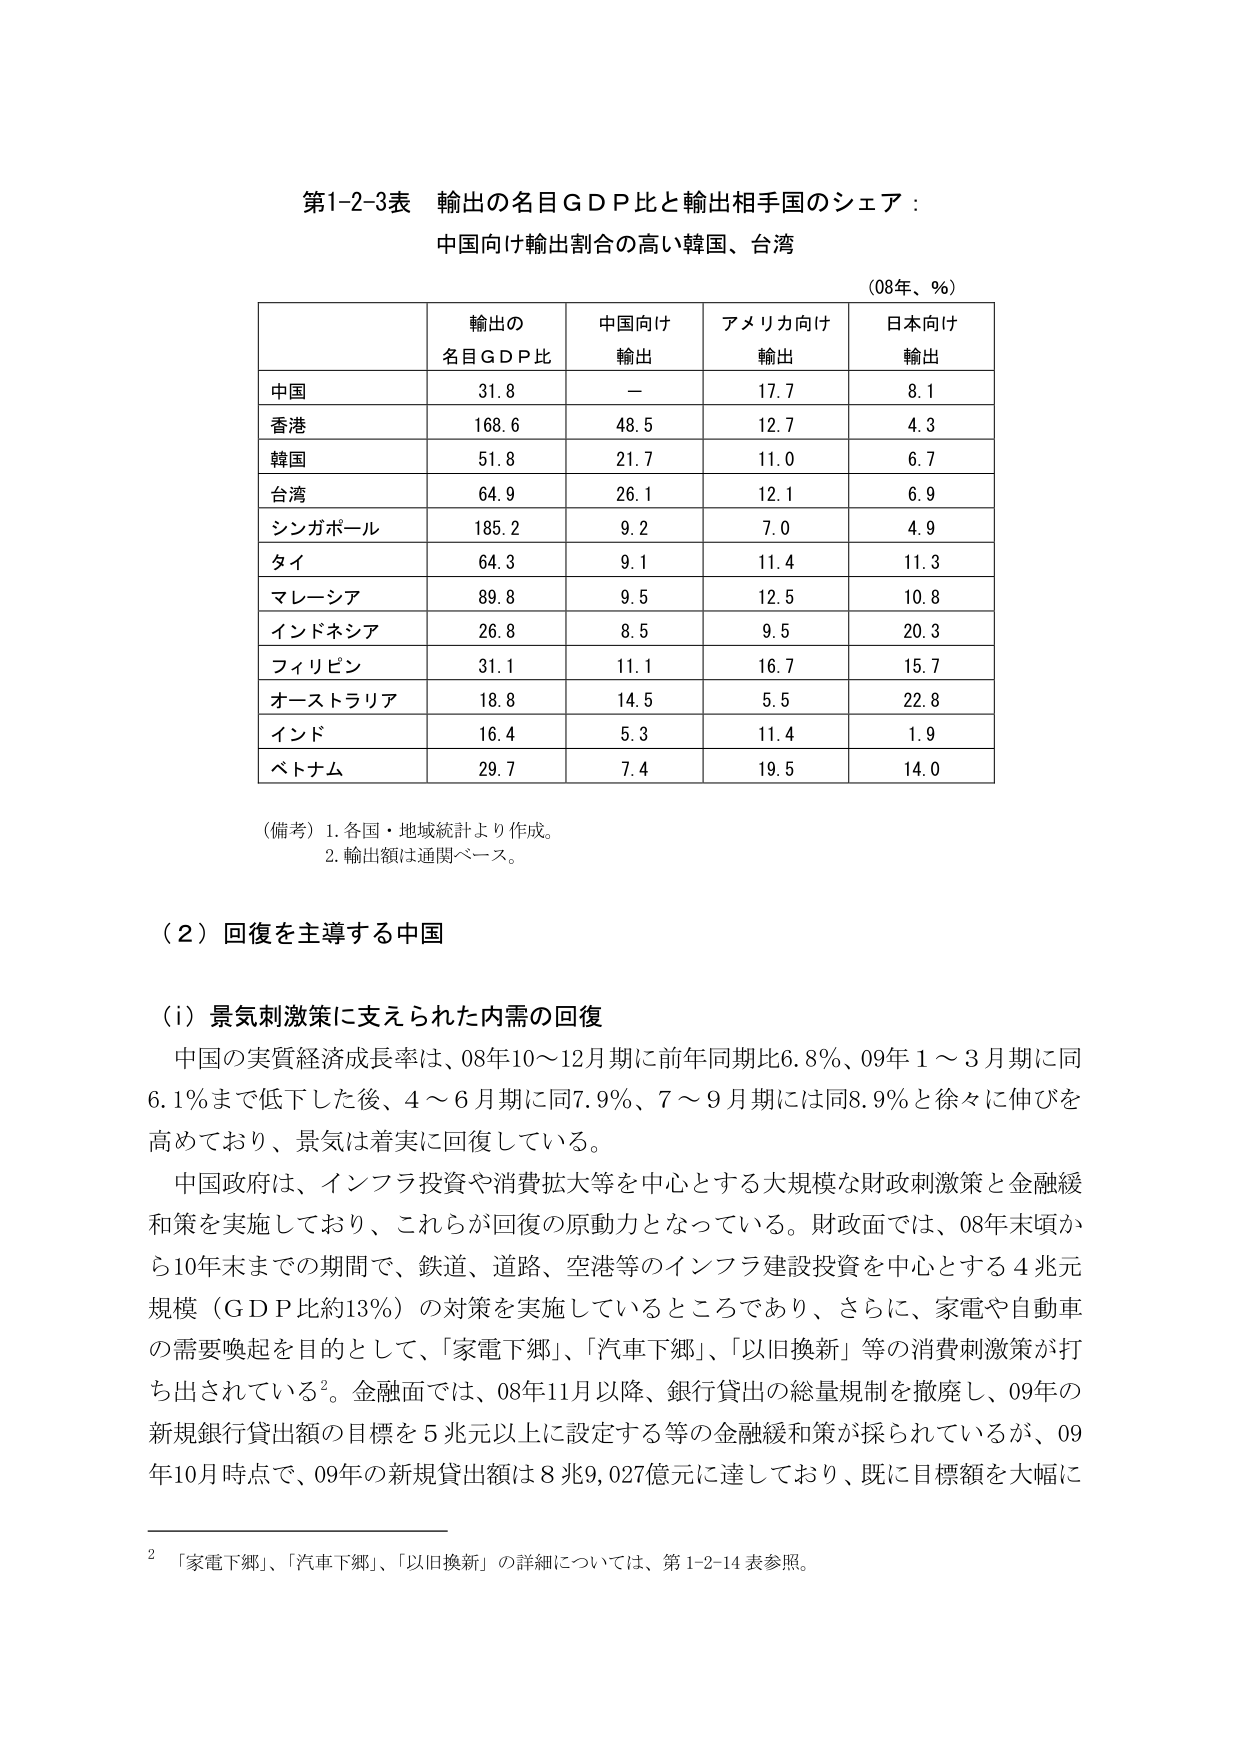
第1-2-3表 輸出の名目ＧＤＰ比と輸出相手国のシェア：
中国向け輸出割合の高い韓国、台湾
（08年、％）

輸出の
名目ＧＤＰ比　　中国向け輸出　　アメリカ向け輸出　　日本向け輸出

中国　　　　　　31.8　　　　　　－　　　　　　　　17.7　　　　　　8.1
香港　　　　　　168.6　　　　　48.5　　　　　　12.7　　　　　　4.3
韓国　　　　　　51.8　　　　　　21.7　　　　　　11.0　　　　　　6.7
台湾　　　　　　64.9　　　　　　26.1　　　　　　12.1　　　　　　6.9
シンガポール　　185.2　　　　　9.2　　　　　　　7.0　　　　　　　4.9
タイ　　　　　　64.3　　　　　　9.1　　　　　　　11.4　　　　　　11.3
マレーシア　　　89.8　　　　　　9.5　　　　　　　12.5　　　　　　10.8
インドネシア　　26.8　　　　　　8.5　　　　　　　9.5　　　　　　　20.3
フィリピン　　　31.1　　　　　　11.1　　　　　　16.7　　　　　　15.7
オーストラリア　18.8　　　　　　14.5　　　　　　5.5　　　　　　　22.8
インド　　　　　16.4　　　　　　5.3　　　　　　　11.4　　　　　　1.9
ベトナム　　　　29.7　　　　　　7.4　　　　　　　19.5　　　　　　14.0

（備考）1. 各国・地域統計より作成。
　　　　2. 輸出額は通関ベース。

（２）回復を主導する中国

（i）景気刺激策に支えられた内需の回復
　中国の実質経済成長率は、08年10～12月期に前年同期比6.8％、09年1～3月期に同6.1％まで低下した後、4～6月期に同7.9％、7～9月期には同8.9％と徐々に伸びを高めており、景気は着実に回復している。
　中国政府は、インフラ投資や消費拡大等を中心とする大規模な財政刺激策と金融緩和策を実施しており、これらが回復の原動力となっている。財政面では、08年末頃から10年末までの期間で、鉄道、道路、空港等のインフラ建設投資を中心とする4兆元規模（ＧＤＰ比約13％）の対策を実施しているところであり、さらに、家電や自動車の需要喚起を目的として、「家電下郷」、「汽車下郷」、「以旧換新」等の消費刺激策が打ち出されている²。金融面では、08年11月以降、銀行貸出の総量規制を撤廃し、09年の新規銀行貸出額の目標を5兆元以上に設定する等の金融緩和策が採られているが、09年10月時点で、09年の新規貸出額は8兆9,027億元に達しており、既に目標額を大幅に

² 「家電下郷」、「汽車下郷」、「以旧換新」の詳細については、第1-2-14表参照。